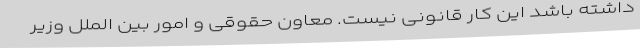
داشته باشد این کار قانونی نیست. معاون حقوقی و امور بین الملل وزیر